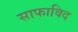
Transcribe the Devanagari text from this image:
साफाविद